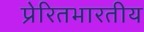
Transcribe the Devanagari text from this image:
प्रेरितभारतीय